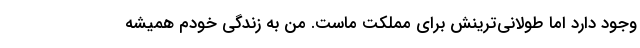
وجود دارد اما طولانی‌ترینش برای مملکت ماست. من به زندگی خودم همیشه